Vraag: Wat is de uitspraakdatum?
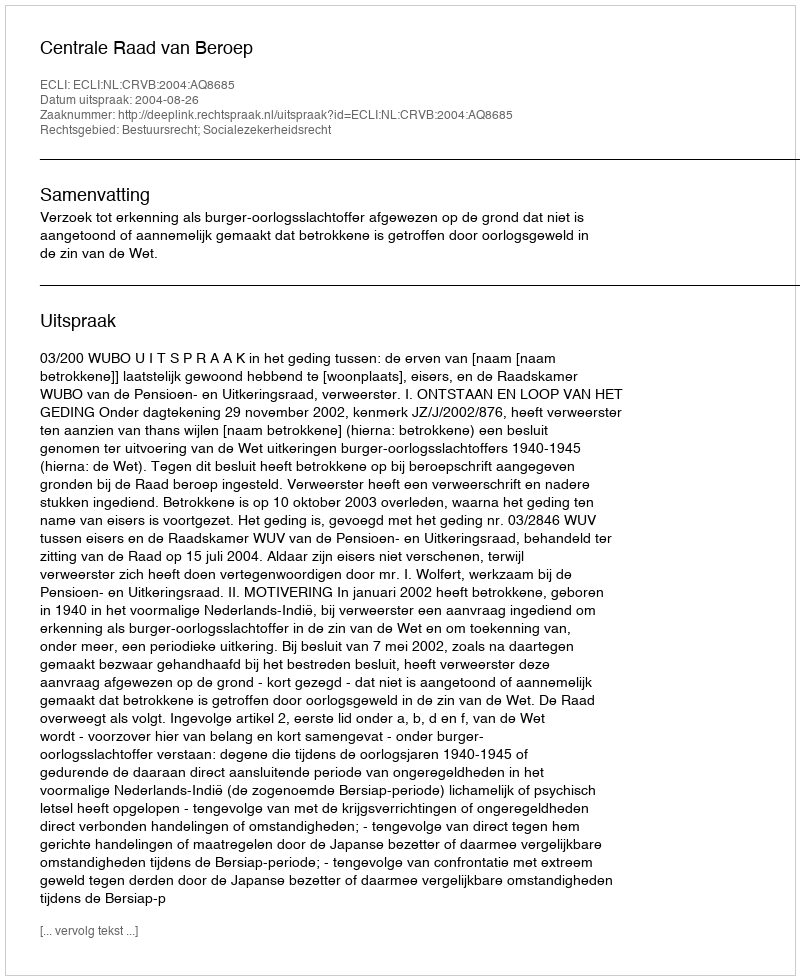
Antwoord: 2004-08-26